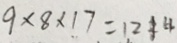
9 \times 8 \times 1 7 = 1 2 1 4